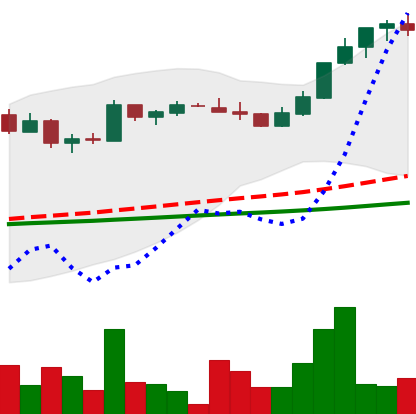
Ticker: LTC-USD
Chart end date: 2017-04-26
Forward return: 7.204%
Label: up_7plus